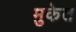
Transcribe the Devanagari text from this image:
मुकेत